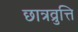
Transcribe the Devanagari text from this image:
छात्रव्रुत्ति